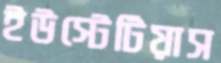
ইউস্টেটিয়াস